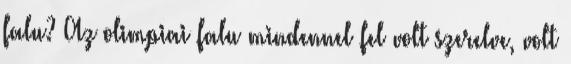
falu? Az olimpiai falu mindennel fel volt szerelve, volt